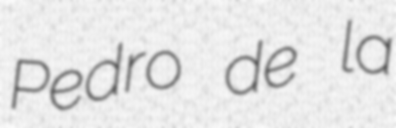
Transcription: Pedro de la